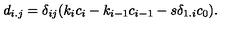
d _ { i . j } = \delta _ { i j } ( k _ { i } c _ { i } - k _ { i - 1 } c _ { i - 1 } - s \delta _ { 1 . i } c _ { 0 } ) .